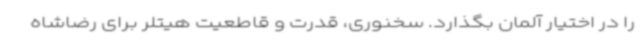
را در اختیار آلمان بگذارد. سخنوری، قدرت و قاطعیت هیتلر برای رضاشاه